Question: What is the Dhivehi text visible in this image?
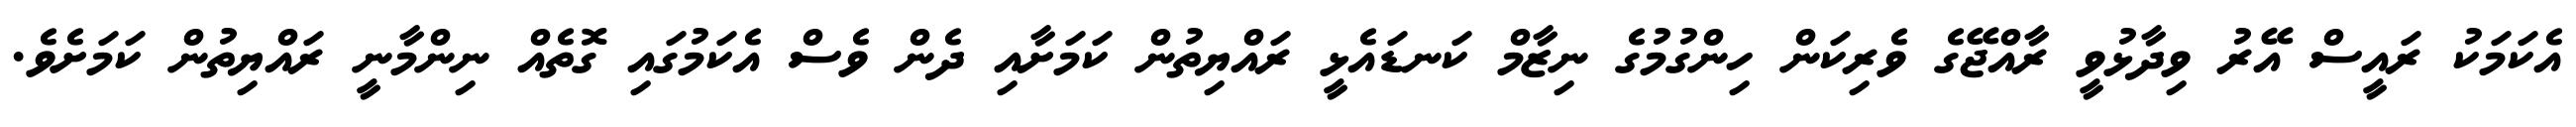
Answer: އެކަމަކު ރައީސް އޭރު ވިދާޅުވީ ރާއްޖޭގެ ވެރިކަން ހިންގުމުގެ ނިޒާމް ކަނޑައެޅީ ރައްޔިތުން ކަމަށާއި ދެން ވެސް އެކަމުގައި ގޮތެއް ނިންމާނީ ރައްޔިތުން ކަމަށެވެ.